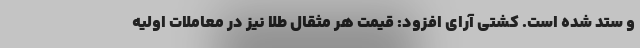
و ستد شده است. کشتی آرای افزود: قیمت هر مثقال طلا نیز در معاملات اولیه